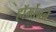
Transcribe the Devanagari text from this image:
हॉर्मोनने